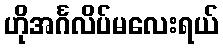
ဟိုအင်္ဂလိပ်မလေးရယ်